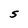
Character: S